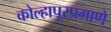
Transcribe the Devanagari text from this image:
कोल्हापूरप्रमाणे